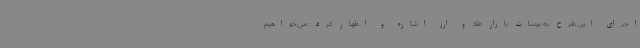
اجرای این طرح به نوسات بازار طلا و ارز اشاره و اظهار کرد: می‌خواهیم